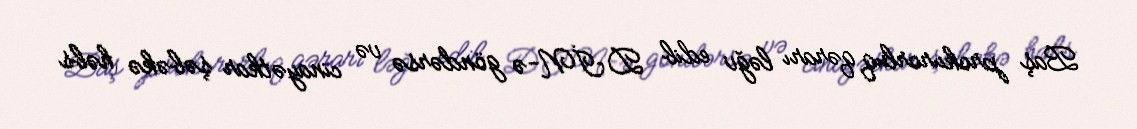
Baş prokurorluq qərarı ləğv edib DİN-ə göndərsə və cinayətkar şəbəkə həbs